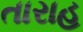
તારાહ